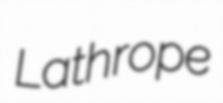
Lathrope